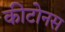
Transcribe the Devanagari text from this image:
कीटोनस